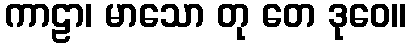
ကာဠာ၊ မာသော တု တေ ဒုဝေ။